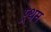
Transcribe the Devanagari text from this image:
प्र्थम